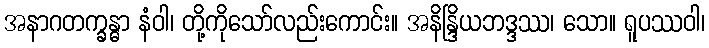
အနာဂတက္ခန္ဓာ နံဝါ၊ တို့ကိုသော်လည်းကောင်း။ အနိန္ဒြိယဘဒ္ဒဿ၊ သော။ ရူပဿဝါ၊